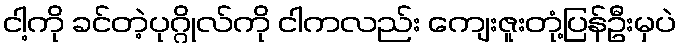
ငါ့ကို ခင်တဲ့ပုဂ္ဂိုလ်ကို ငါကလည်း ကျေးဇူးတုံ့ပြန်ဦးမှပဲ